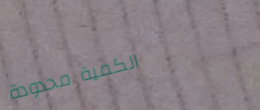
الكمية محدودة